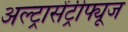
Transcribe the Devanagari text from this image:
अल्ट्रासेंट्रीफ्यूज